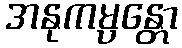
အနုကမ္ပန္တော